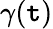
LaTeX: \gamma(\mathtt{t})